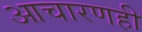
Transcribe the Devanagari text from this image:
आचारणही